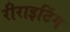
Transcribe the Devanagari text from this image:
रीराइटिंग